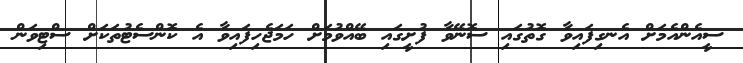
ސީއެންއެމަށް އެނގިފައިވާ ގޮތުގައި ސޮނޭވާ ފުށީގައި ބޭއްވުމަށް ހަމަޖެހިފައިވާ އެ ކޮންސެޓުތަކަށް ސްޓިވަން